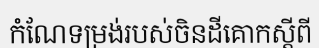
កំណែទម្រង់របស់ចិនដីគោកស្តីពី